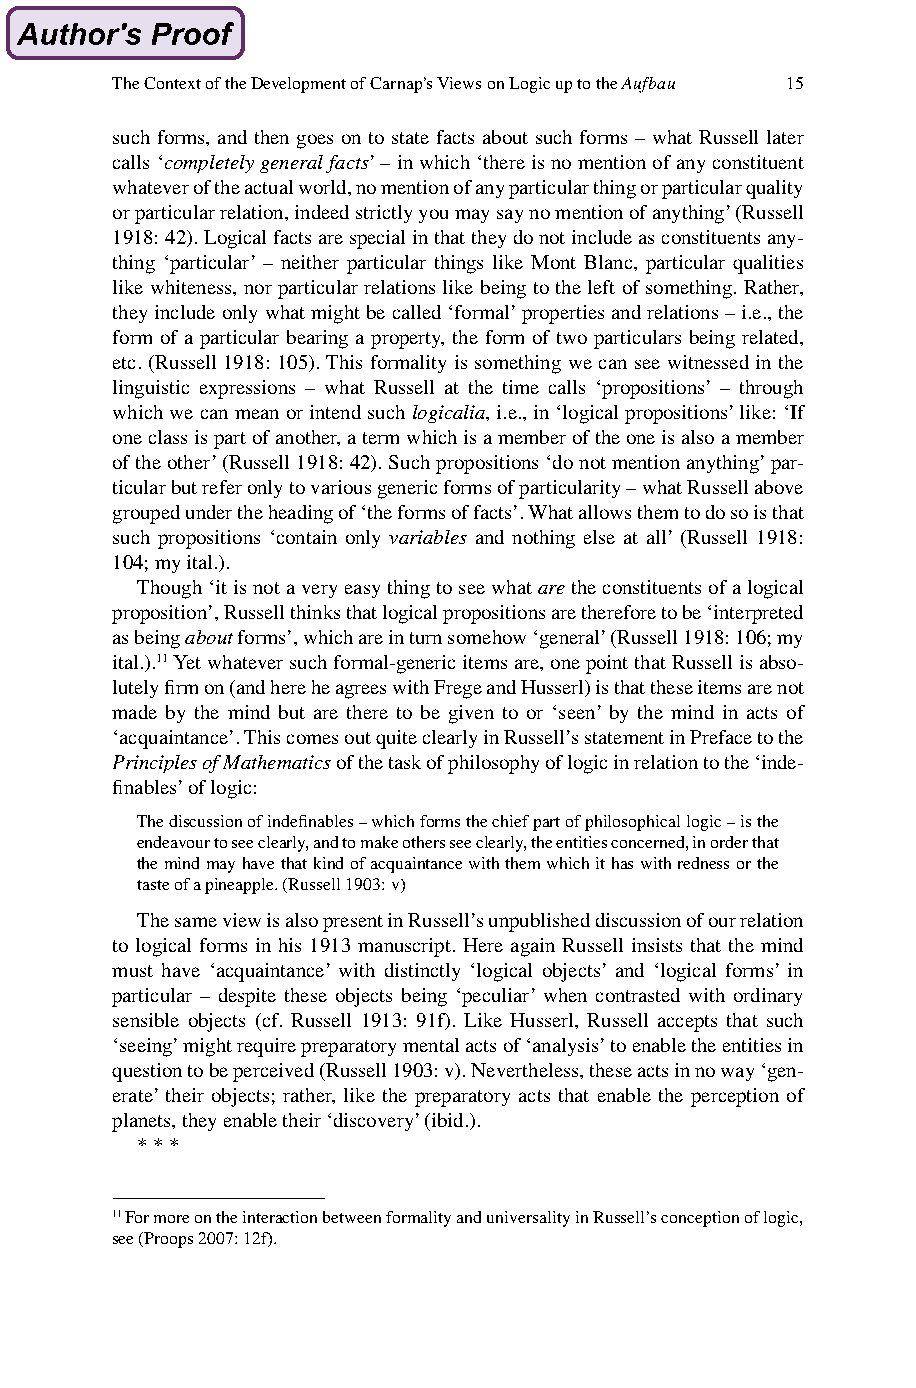
The Context of the Development of Carnap’s Views on Logic up to the Aufbau 15
 such forms, and then goes on to state facts about such forms – what Russell later
 calls ‘completely general facts’ – in which ‘there is no mention of any constituent
 whatever of the actual world, no mention of any particular thing or particular quality
 or particular relation, indeed strictly you may say no mention of anything’ (Russell
 1918: 42). Logical facts are special in that they do not include as constituents any-
 thing ‘particular’ – neither particular things like Mont Blanc, particular qualities
 like whiteness, nor particular relations like being to the left of something. Rather,
 they include only what might be called ‘formal’ properties and relations – i.e., the
 form of a particular bearing a property, the form of two particulars being related,
 etc. (Russell 1918: 105). This formality is something we can see witnessed in the
 linguistic expressions – what Russell at the time calls ‘propositions’ – through
 which we can mean or intend such logicalia, i.e., in ‘logical propositions’ like: ‘If
 one class is part of another, a term which is a member of the one is also a member
 of the other’ (Russell 1918: 42). Such propositions ‘do not mention anything’ par-
 ticular but refer only to various generic forms of particularity – what Russell above
 grouped under the heading of ‘the forms of facts’. What allows them to do so is that
 such propositions ‘contain only variables and nothing else at all’ (Russell 1918:
 104; my ital.).
 Though ‘it is not a very easy thing to see what are the constituents of a logical
 proposition’, Russell thinks that logical propositions are therefore to be ‘interpreted
 as being about forms’, which are in turn somehow ‘general’ (Russell 1918: 106; my
 ital.).11 Yet whatever such formal-generic items are, one point that Russell is abso-
 lutely firm on (and here he agrees with Frege and Husserl) is that these items are not
 made by the mind but are there to be given to or ‘seen’ by the mind in acts of
 ‘acquaintance’. This comes out quite clearly in Russell’s statement in Preface to the
 Principles of Mathematics of the task of philosophy of logic in relation to the ‘inde-
 finables’ of logic:
 The discussion of indefinables – which forms the chief part of philosophical logic – is the
 endeavour to see clearly, and to make others see clearly, the entities concerned, in order that
 the mind may have that kind of acquaintance with them which it has with redness or the
 taste of a pineapple. (Russell 1903: v)
 The same view is also present in Russell’s unpublished discussion of our relation
 to logical forms in his 1913 manuscript. Here again Russell insists that the mind
 must have ‘acquaintance’ with distinctly ‘logical objects’ and ‘logical forms’ in
 particular – despite these objects being ‘peculiar’ when contrasted with ordinary
 sensible objects (cf. Russell 1913: 91f). Like Husserl, Russell accepts that such
 ‘seeing’ might require preparatory mental acts of ‘analysis’ to enable the entities in
 question to be perceived (Russell 1903: v). Nevertheless, these acts in no way ‘gen-
 erate’ their objects; rather, like the preparatory acts that enable the perception of
 planets, they enable their ‘discovery’ (ibid.).
 * * *
 11 For more on the interaction between formality and universality in Russell’s conception of logic,
 see (Proops 2007: 12f).